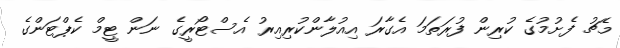
މެޗު ފެށުމުގެ ކުރިން ފުރަތަމަ އެގާރަ އިއުލާންކުރިއިރު އެސްޓޯރީގެ ނަން ޓީމް ކެޕްޓަންގެ